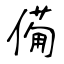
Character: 僃